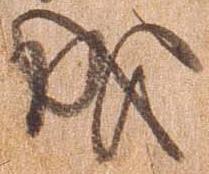
成